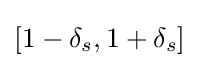
[1-\delta _{s},1+\delta _{s}]